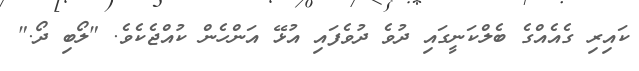
ކައިރި ގެއެއްގެ ބެލްކަނީގައި ދުވެ ދުވެފައި އުޅޭ އަންހެން ކުއްޖެކެވެ. "ލޯބި ދޯ."